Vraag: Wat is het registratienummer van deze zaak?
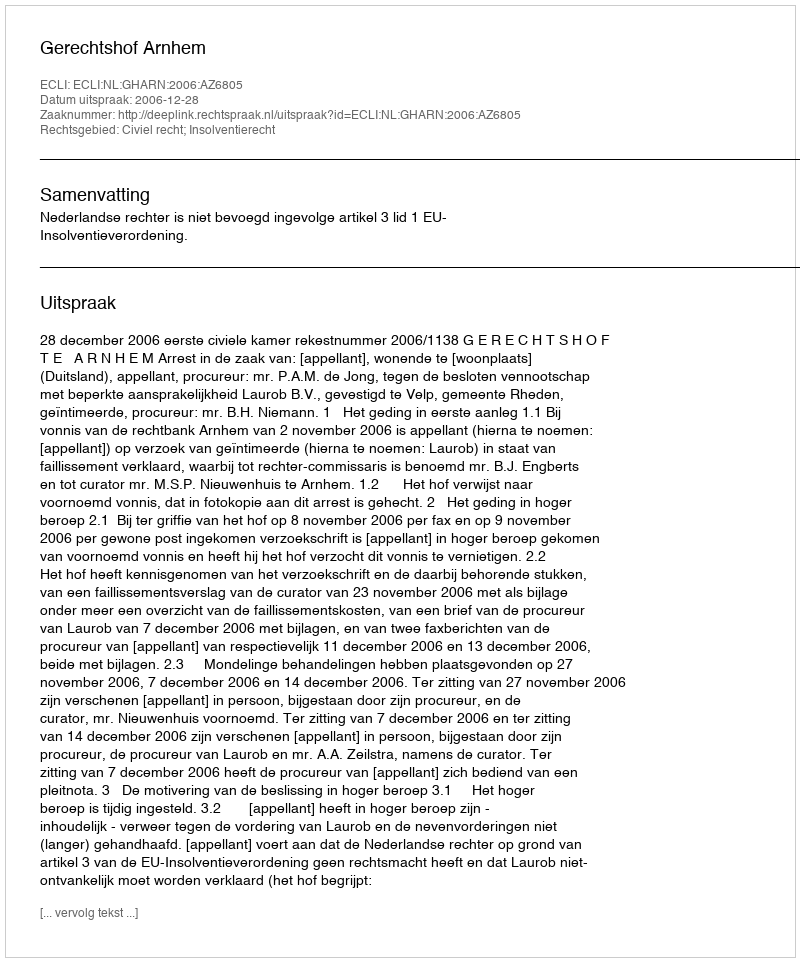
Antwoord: http://deeplink.rechtspraak.nl/uitspraak?id=ECLI:NL:GHARN:2006:AZ6805